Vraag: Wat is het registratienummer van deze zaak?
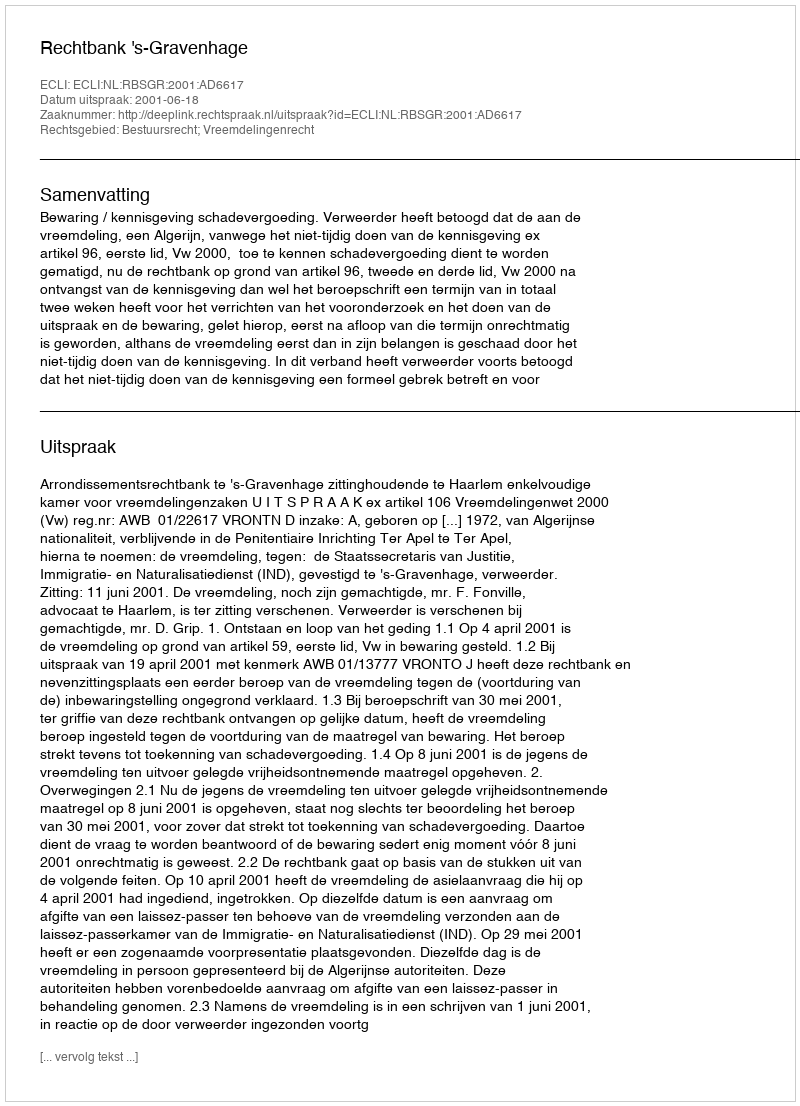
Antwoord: http://deeplink.rechtspraak.nl/uitspraak?id=ECLI:NL:RBSGR:2001:AD6617